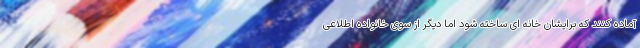
آماده کنند که برایشان خانه ای ساخته شود اما دیگر از سوی خانواده اطلاعی